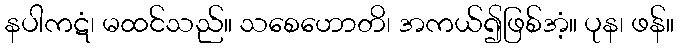
နပါကဋံ၊ မထင်သည်။ သစေဟောတိ၊ အကယ်၍ဖြစ်အံ့။ ပုန၊ ဖန်။